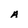
Character: A